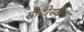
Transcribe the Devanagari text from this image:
सीटीस्कैन